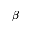
\beta